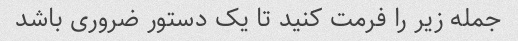
جمله زیر را فرمت کنید تا یک دستور ضروری باشد